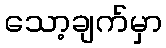
သော့ချက်မှာ